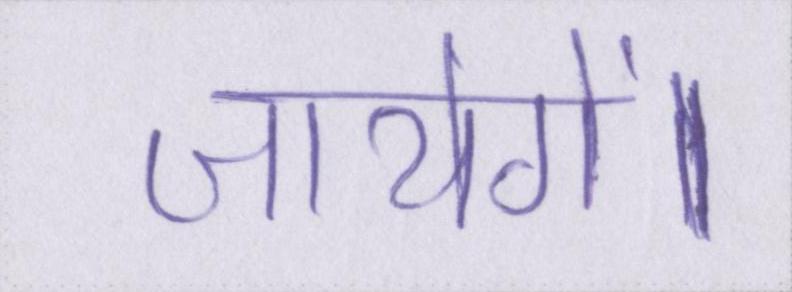
जायेगें।